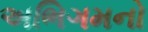
અભિગમનો